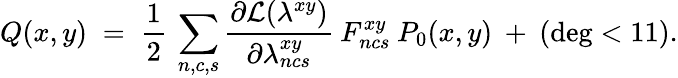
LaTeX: Q(x,y)\; =\; \frac{1}{2}\: \sum_{n,c,s}\frac{\partial{\cal{L}}(\lambda^{xy})}{\partial\lambda_{ncs}^{xy}}\: F_{ncs}^{xy}\: P_{0}(x,y)\: +\: (\deg<11).